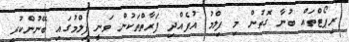
ރިޕޯޓްތައް ބުނާ ގޮތުން މި ފިލްމު އުފެއްދި ފަރާތްތަކުން ވަނީ ފިލްމުގައި ބޭނުންކުރި